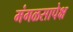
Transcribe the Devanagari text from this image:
मंगळसापेक्ष